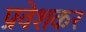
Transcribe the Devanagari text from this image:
प्रवेशकर